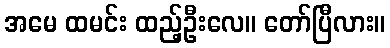
အမေ ထမင်း ထည့်ဦးလေ။ တော်ပြီလား။